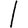
Digit: 1